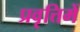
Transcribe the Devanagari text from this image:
प्रवृत्तिमें